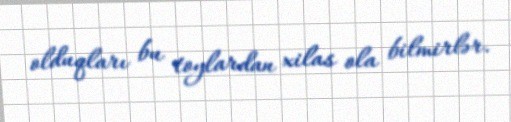
olduqları bu toylardan xilas ola bilmirlər.